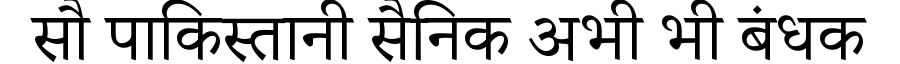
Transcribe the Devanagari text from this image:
सौ पाकिस्तानी सैनिक अभी भी बंधक